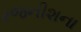
રજનીશના